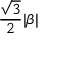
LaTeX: { \frac { \sqrt { 3 } } { 2 } } | \beta |